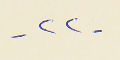
- ٢٢ -